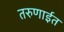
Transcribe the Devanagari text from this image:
तरुणाईत